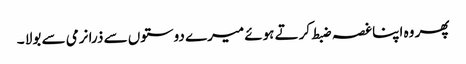
پھر وہ اپنا غصہ ضبط کرتے ہوئے میرے دوستوں سے ذرا نرمی سے بولا ۔